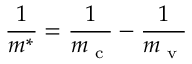
\frac { 1 } { m ^ { * } } = \frac { 1 } { m _ { \textrm { c } } } - \frac { 1 } { m _ { \textrm { v } } }